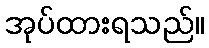
အုပ်ထားရသည်။